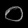
Digit: ၀